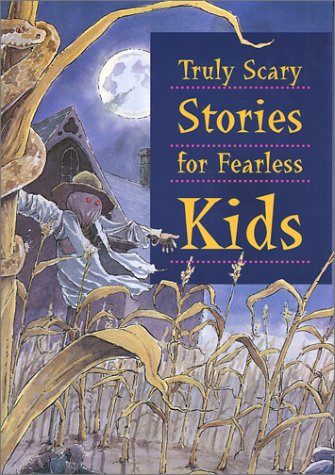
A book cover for Truly Scary Stories for Fearless Kids; Joe Weissman; Teen & Young Adult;